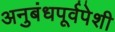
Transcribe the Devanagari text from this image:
अनुबंधपूर्वपेशी